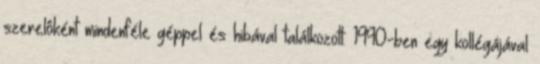
szerelôként mindenféle géppel és hibával találkozott. 1990-ben egy kollégájával